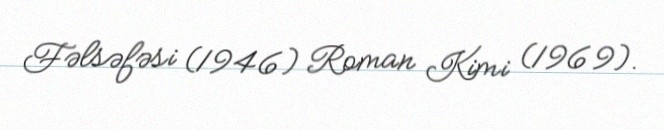
Fəlsəfəsi (1946) Roman Kimi (1969).